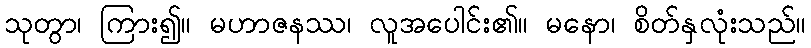
သုတွာ၊ ကြား၍။ မဟာဇနဿ၊ လူအပေါင်း၏။ မနော၊ စိတ်နှလုံးသည်။